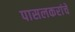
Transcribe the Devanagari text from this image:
पासलकरांचे